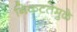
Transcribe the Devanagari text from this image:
निकटतेमुळे